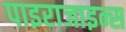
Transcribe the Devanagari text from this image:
पाइराजाइन्स